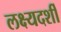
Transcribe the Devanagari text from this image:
लक्ष्यदर्शी